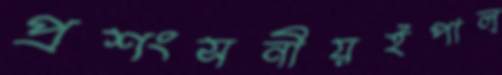
প্রশংসনীয়ইপাল্